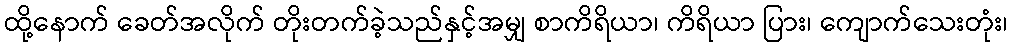
ထို့နောက် ခေတ်အလိုက် တိုးတက်ခဲ့သည်နှင့်အမျှ စာကိရိယာ၊ ကိရိယာ ပြား၊ ကျောက်သေးတုံး၊